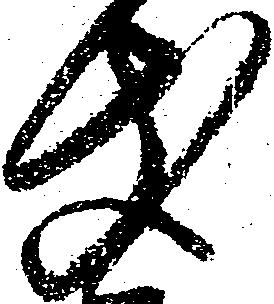
支